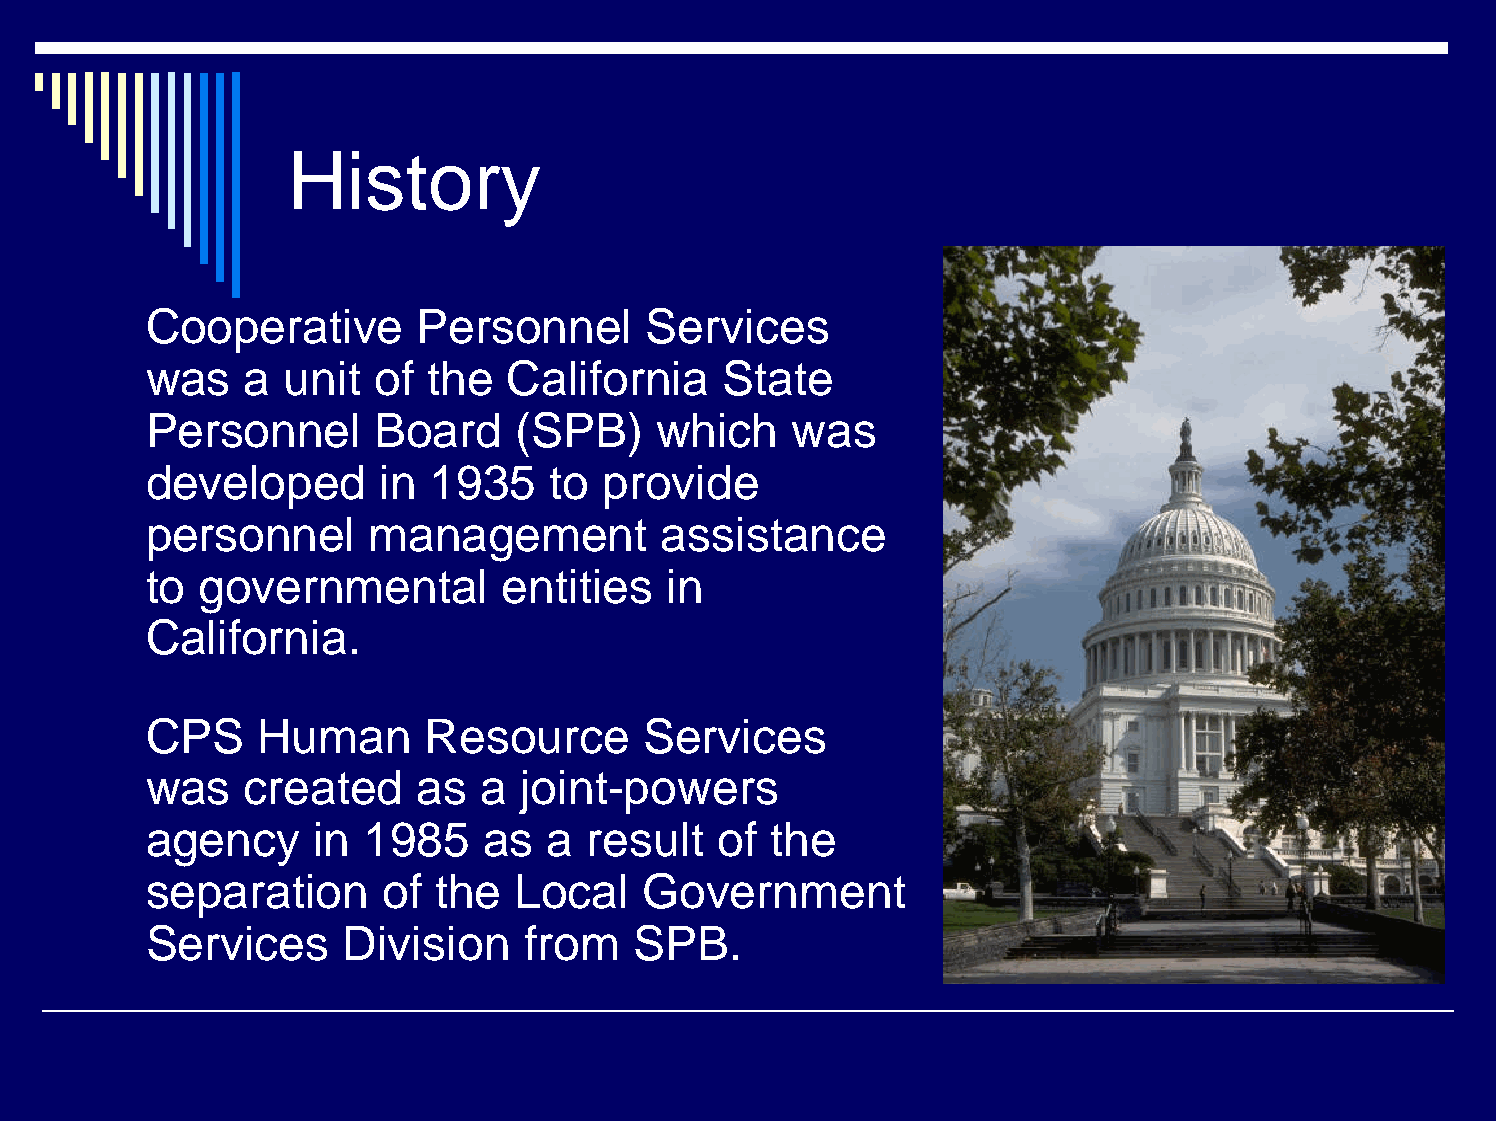
History
 Cooperative       Personnel      Services
 was   a  unit  of the   California    State
 Personnel      Board    (SPB)     which    was
 developed      in  1935    to provide
 personnel      management         assistance
 to governmental        entities   in
 California.
 CPS    Human      Resource       Services
 was   created     as  a  joint-powers
 agency     in 1985    as  a  result   of the
 separation     of  the  Local    Government
 Services     Division    from   SPB.